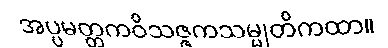
အပ္ပမတ္တကဝိသဇ္ဇကသမ္မုတိကထာ။